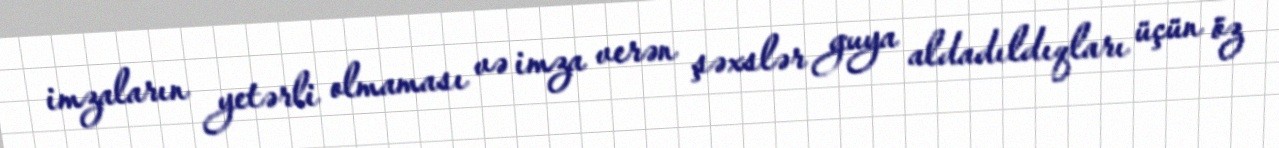
imzaların yetərli olmaması və imza verən şəxslər guya aldadıldıqları üçün öz